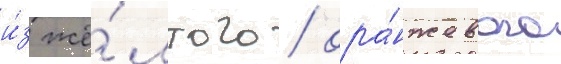
и́з жё́лтого / ора́нжевого